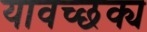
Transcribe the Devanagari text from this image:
यावच्छक्य